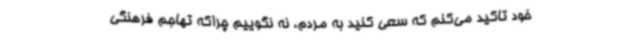
خود تاکید می‌کنم که سعی کنید به مردم، نه نگوییم چراکه تهاجم فرهنگی